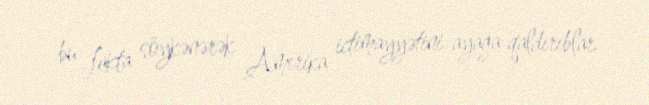
bu fakta söykənərək Amerika ictimayyətini ayağa qaldırıblar.